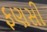
ફણસી